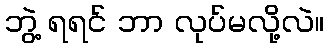
ဘွဲ့ ရရင် ဘာ လုပ်မလို့လဲ။